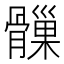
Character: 𩪑